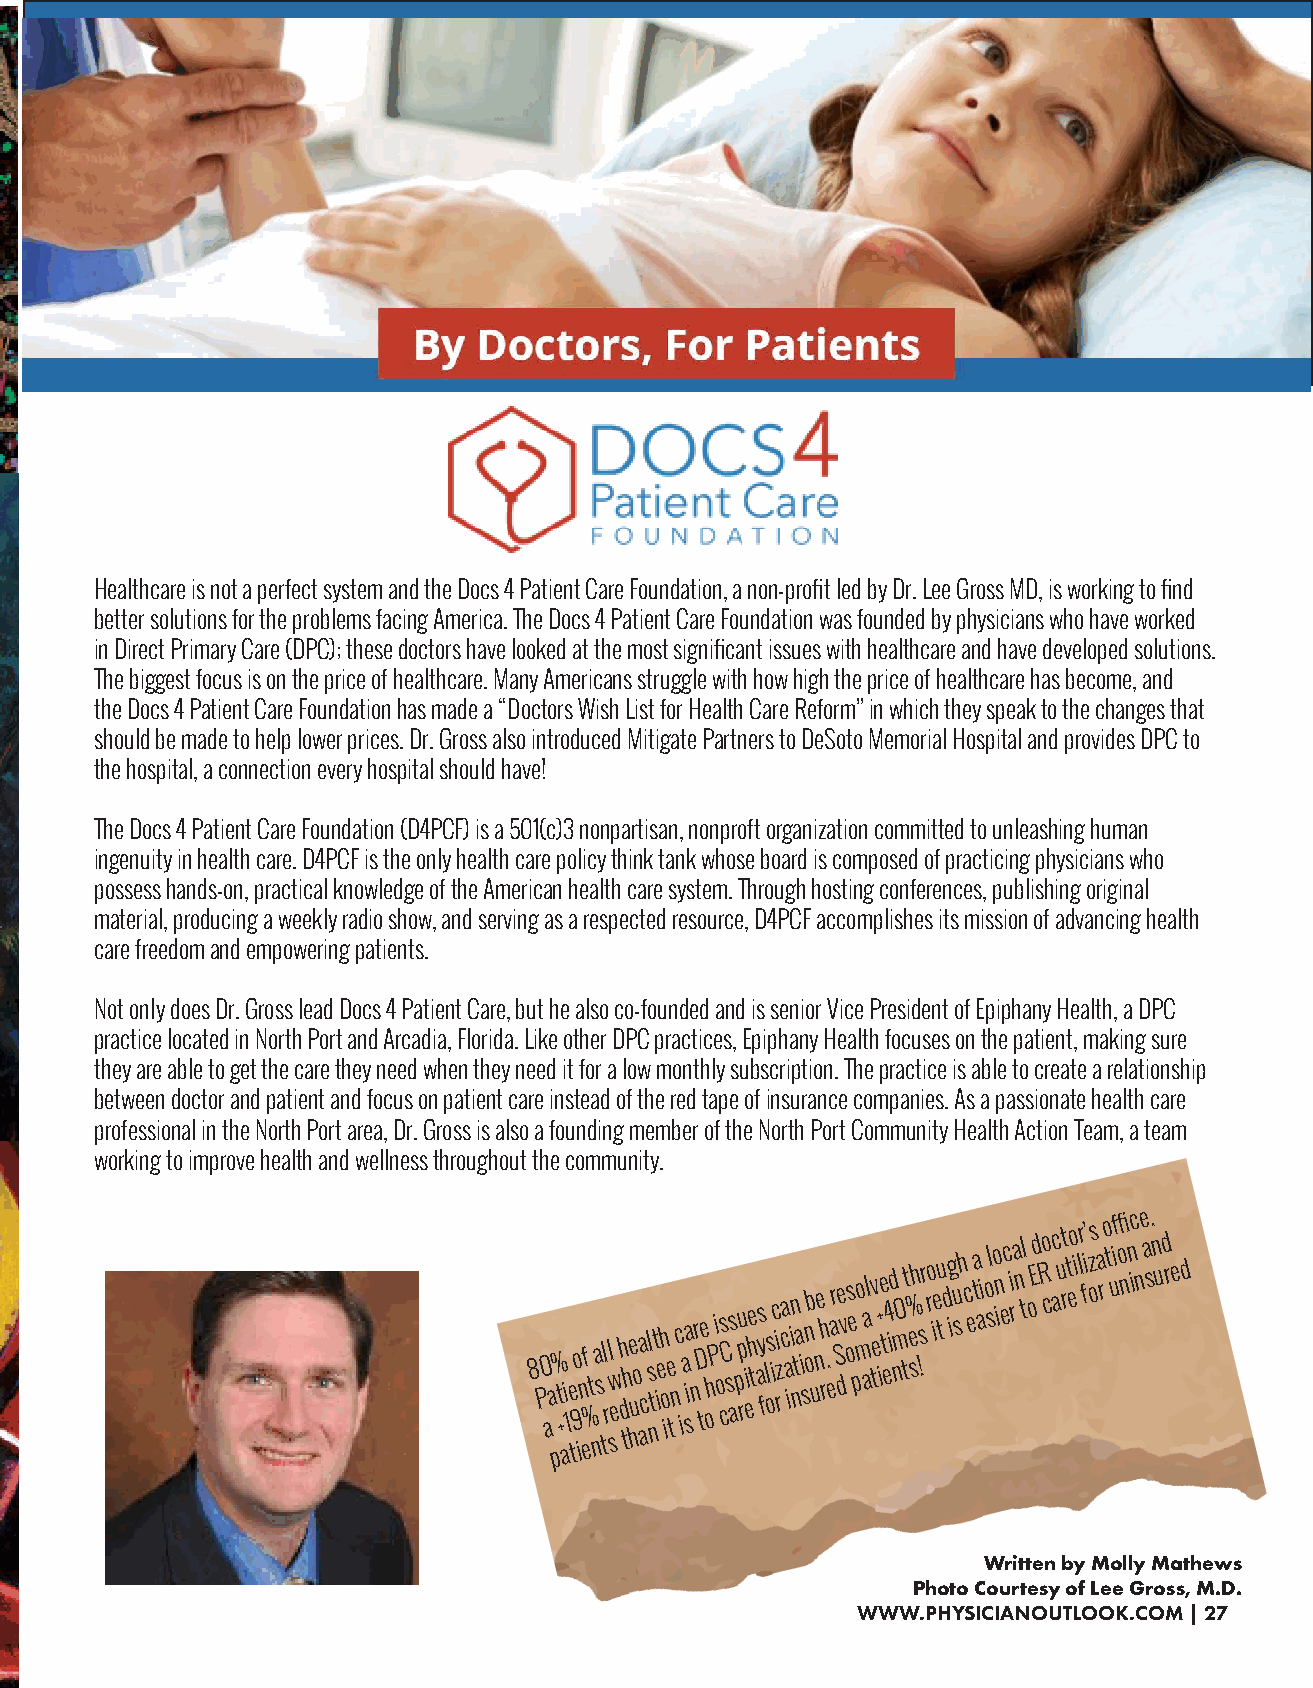
Healthcare is not a perfect system and the Docs 4 Patient Care Foundation, a non-profit led by Dr. Lee Gross MD, is working to find
 better solutions for the problems facing America. The Docs 4 Patient Care Foundation was founded by physicians who have worked
 in Direct Primary Care (DPC); these doctors have looked at the most significant issues with healthcare and have developed solutions.
 The biggest focus is on the price of healthcare. Many Americans struggle with how high the price of healthcare has become, and
 the Docs 4 Patient Care Foundation has made a “Doctors Wish List for Health Care Reform” in which they speak to the changes that
 should be made to help lower prices. Dr. Gross also introduced Mitigate Partners to DeSoto Memorial Hospital and provides DPC to
 the hospital, a connection every hospital should have!
 The Docs 4 Patient Care Foundation (D4PCF) is a 501(c)3 nonpartisan, nonproft organization committed to unleashing human
 ingenuity in health care. D4PCF is the only health care policy think tank whose board is composed of practicing physicians who
 possess hands-on, practical knowledge of the American health care system. Through hosting conferences, publishing original
 material, producing a weekly radio show, and serving as a respected resource, D4PCF accomplishes its mission of advancing health
 care freedom and empowering patients.
 Not only does Dr. Gross lead Docs 4 Patient Care, but he also co-founded and is senior Vice President of Epiphany Health, a DPC
 practice located in North Port and Arcadia, Florida. Like other DPC practices, Epiphany Health focuses on the patient, making sure
 they are able to get the care they need when they need it for a low monthly subscription. The practice is able to create a relationship
 between doctor and patient and focus on patient care instead of the red tape of insurance companies. As a passionate health care
 professional in the North Port area, Dr. Gross is also a founding member of the North Port Community Health Action Team, a team
 working to improve health and wellness throughout the community.
 8 P0 aa
 p
 % t + ai 1 e t9o in ef % t na s tl rl sw e h d the huoa ac l s ntt ie h o ie t n c i aa si n r D t e ohP i o cs C ss a pu p ri ehe t as y fl os ic i rz ca a iin nta i sn ob u ne h r. e ar Se dv os e po m aalv te+ ie t e4 id nm0 tt % e sh !s r ro ieu t d ig u sh c ea t ai o slo in ec i ra n l t oEd Ro c ac u rt t eo i lr fi’ z os a ro t uiffi o nn ic n e a s. n u d re d
 Written by Molly Mathews
 Photo Courtesy of Lee Gross, M.D.
 WWW.PHYSICIANOUTLOOK.COM | 27
 10 | 2021 VOLUME 6